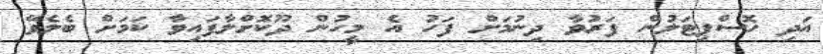
އަދި ހޮސްޕިޓަލުން ފަރުވާ ދިނުމަށް ފަހު އެ މީހުން ދޫކޮށްލާފައިވާ ކަމަށް ބެލެވޭ